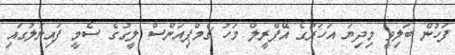
ފަހުން ބަލިވީ މިދިޔަ އަހަރުގެ އޭޕްރީލް މަހު ޗެމްޕިއަންސް ލީގުގެ ސެމީ ފައިނަލުގައި